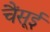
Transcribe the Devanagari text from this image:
चैंसूई